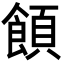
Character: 𩝗